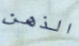
الذهن